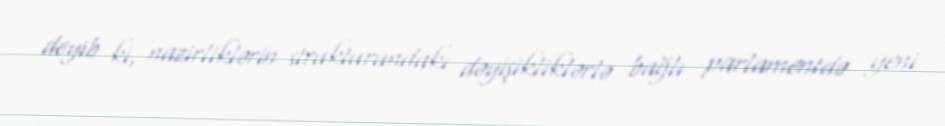
deyib ki, nazirliklərin strukturundakı dəyişikliklərlə bağlı parlamentdə yeni